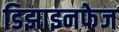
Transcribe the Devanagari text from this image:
डिझाइनफेज